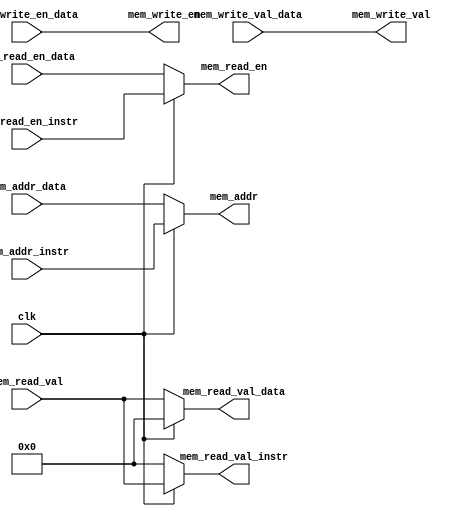
`ifndef __MEMORYSELECTOR_V__
`define __MEMORYSELECTOR_V__

module MemorySelector (
	input wire clk,

	input wire [7:0] mem_addr_instr,
	input wire mem_read_en_instr,
	output wire [31:0] mem_read_val_instr,

	input wire [7:0] mem_addr_data,
	input wire mem_read_en_data,
	input wire mem_write_en_data,
	output wire [31:0] mem_read_val_data,
	input wire [31:0] mem_write_val_data,

	output wire [7:0] mem_addr,
	output wire mem_read_en,
	output wire mem_write_en,
	input wire [31:0] mem_read_val,
	output wire [31:0] mem_write_val
	);

	assign mem_addr = clk ? mem_addr_instr : mem_addr_data;
	assign mem_read_en = clk ? mem_read_en_instr : mem_read_en_data;
	assign mem_write_en = mem_write_en_data;
	assign mem_write_val = mem_write_val_data;
	assign mem_read_val_instr = clk ? mem_read_val : 0;
	assign mem_read_val_data = !clk ? mem_read_val : 0;

endmodule

`endif /*__MEMORYSELECTOR_V__*/